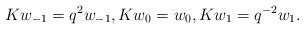
LaTeX: \begin{align*}K w_{-1} = q^2 w_{-1}, K w_0 = w_0, K w_1 = q^{-2} w_1.\end{align*}